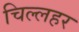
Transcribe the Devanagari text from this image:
चिल्लहर